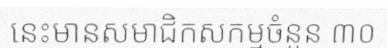
នេះមានសមាជិកសកម្មចំនួន ៣០